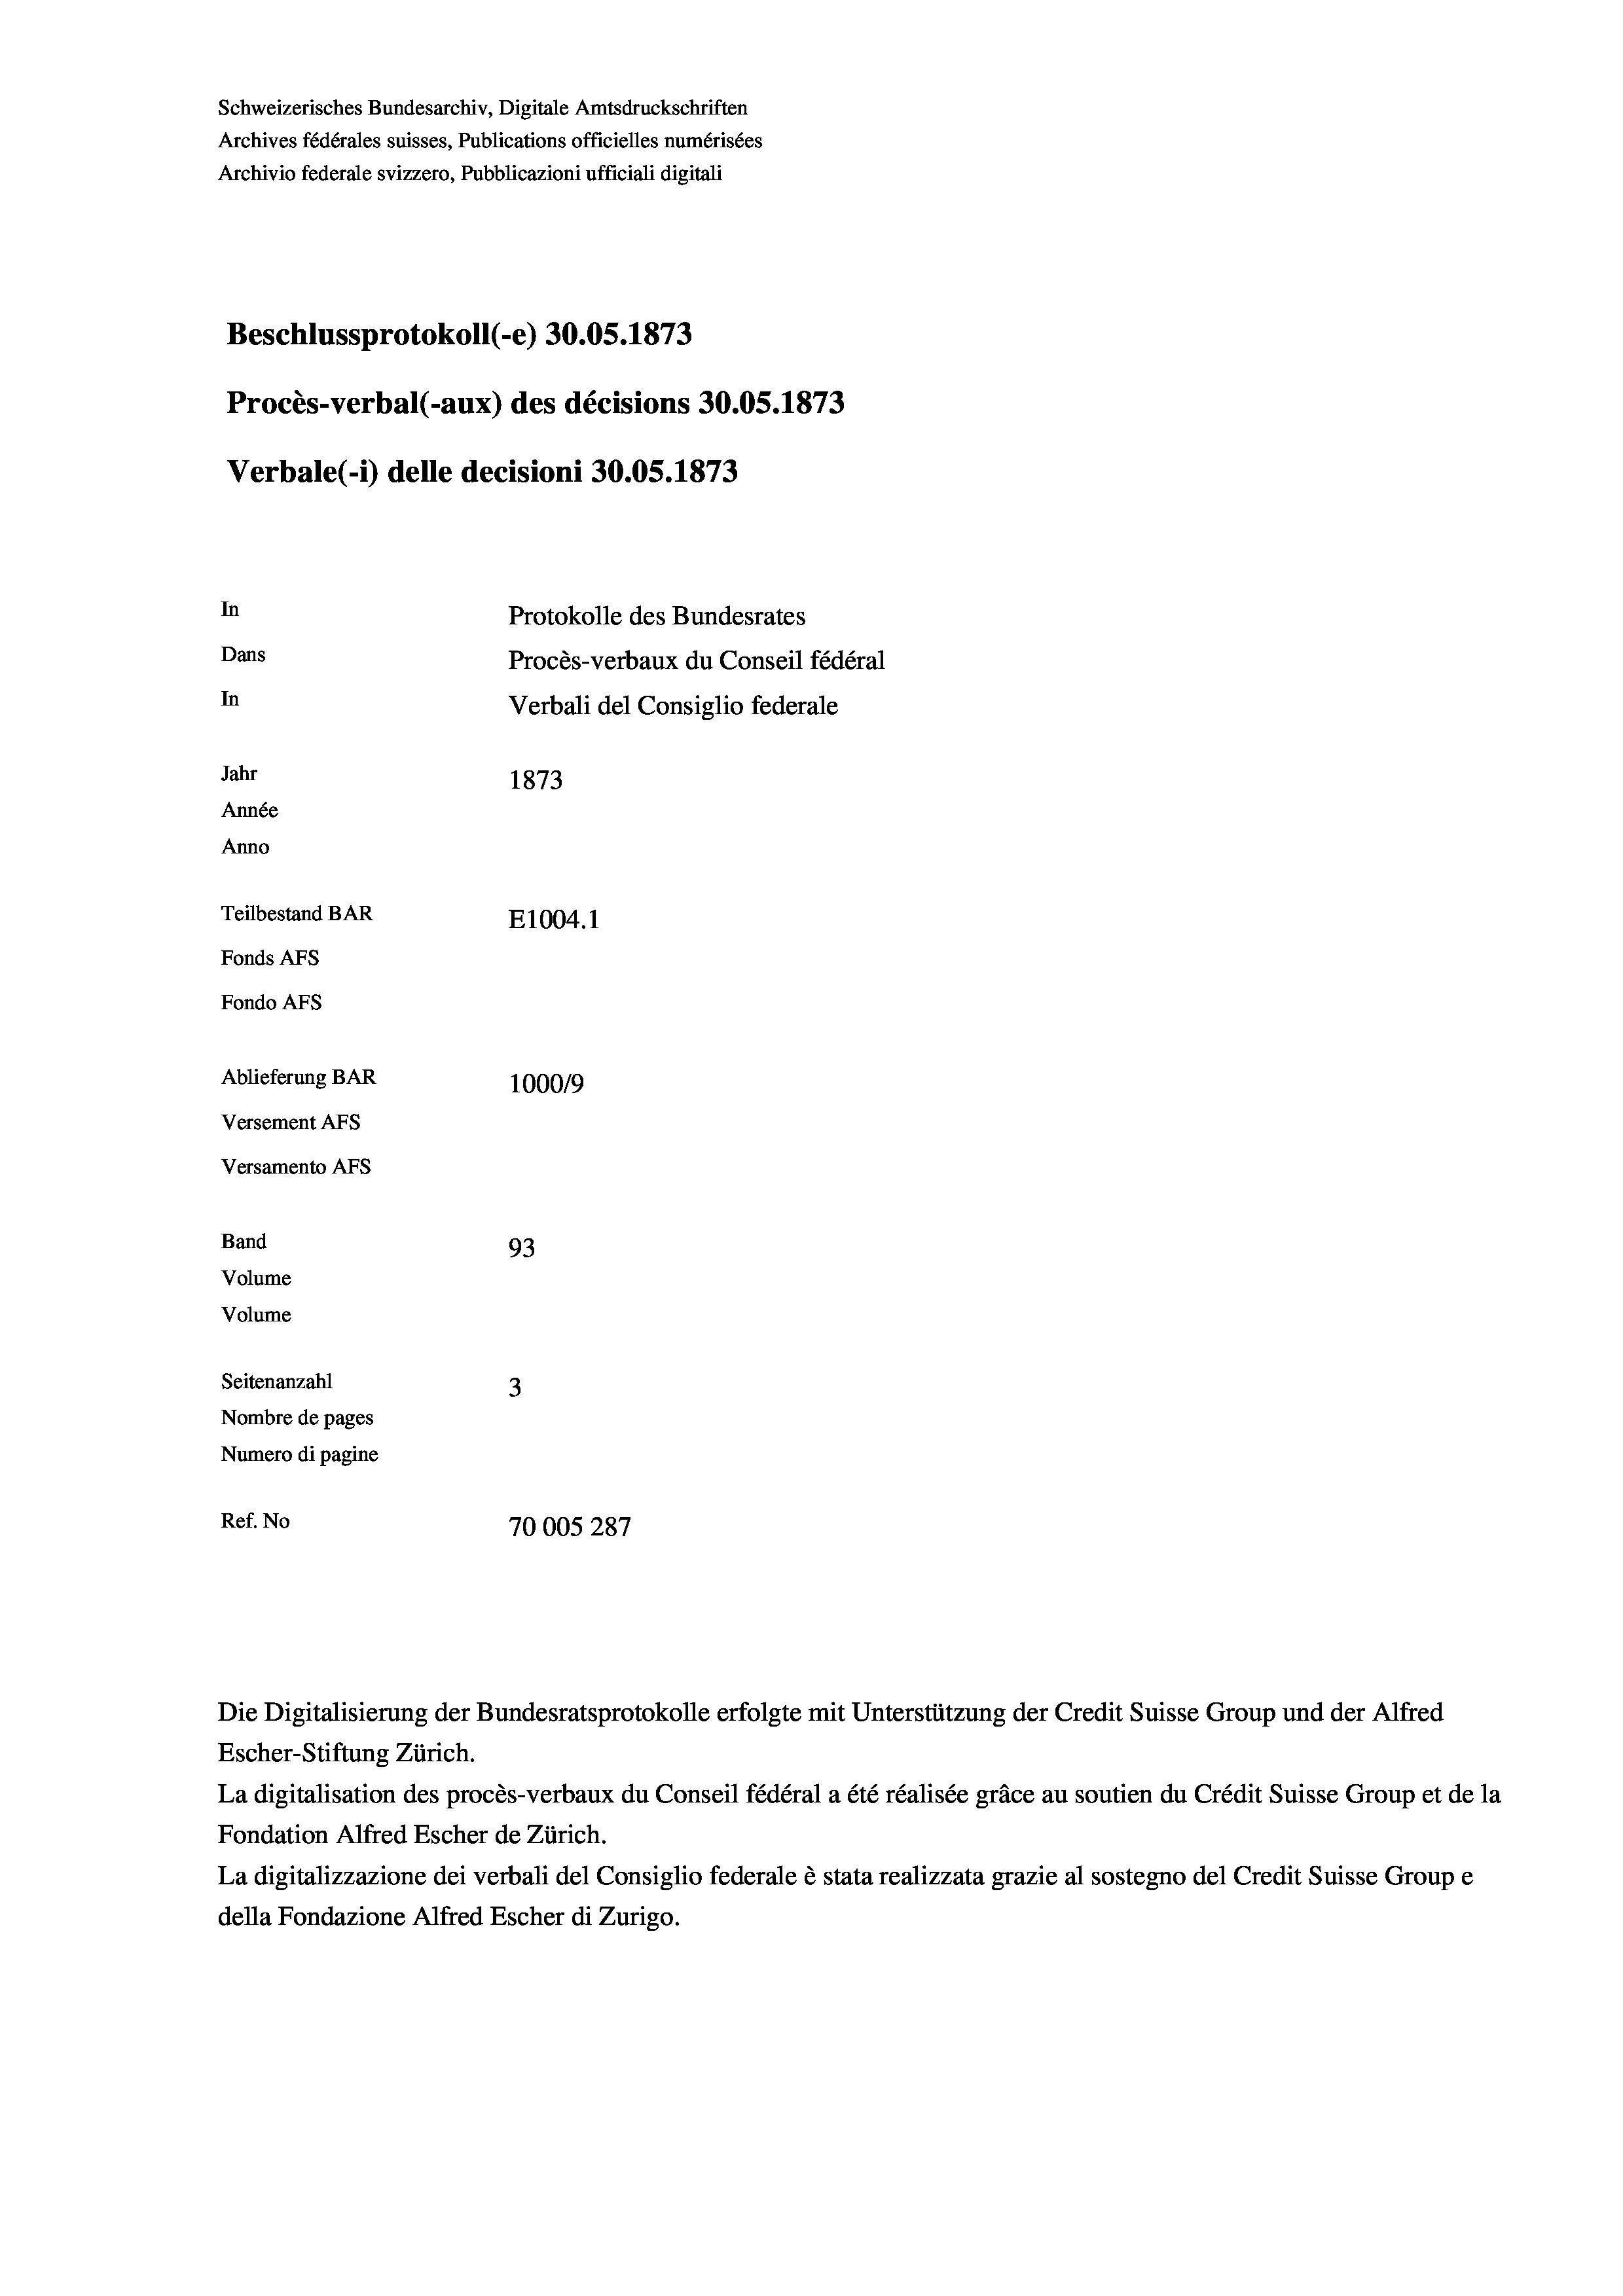
Schweizerisches Bundesarchiv, Digitale Amtsdruckschriften
Archives fédérales suisses, Publications officielles numérisées
Archivio federale svizzero, Pubblicazioni ufficiali digitali
Beschlussprotokoll (-e) 30.05. 1873
Procès-verbal (-aux) des décisions 30.05. 1873
Verbale (1) delle decisioni 30.05. 1873
In
Protokolle des Bundesrates
Dans
Procès-verbaux du Conseil fédéral
In
Verbali del Consiglio federale
Jahr
1873
Année
Anno
Teilbestand BAR
E1004.1
Fonds AFs
Fondo AFs
Ablieferung BAR
100019
Versement AFS
Versamento Afs
Band
93
Volume
Volume
Seitenanzahl
3
Nombre de pages
Numero di pagine
Ref. No
70005 287

Escher-Stiftung Zürich.
La digitalisation des procès-verbaux du Conseil fédéral a été réalisée gräce au soutien du Crédit Suisse Group et de la
Fondation Alfred Escher de Zürich.
La digitalizzazione dei verbali del Consiglio federale è stata realizzata grazie al sostegno del Credit Suisse Groupe
della Fondazione Alfred Escher di Zurigo.

Die Digitalisierung der Bundesratsprotokolle erfolgte mit Unterstützung der Credit Suisse Group und der Alfred